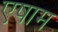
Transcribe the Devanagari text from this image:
एषाम